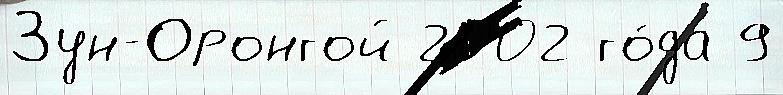
Зун-Оронгой 2002 го́да 9